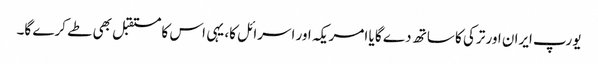
یورپ ایران اور ترکی کا ساتھ دے گا یا امریکہ اور اسرائل کا، یہی اس کا مستقبل بھی طے کرے گا۔